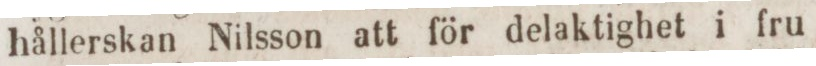
hållerskan Nilsson att för delaktighet i fru